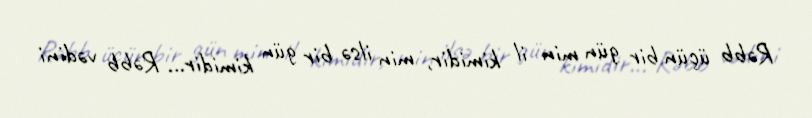
Rəbb üçün bir gün min il kimidir, min ilsə bir gün kimidir... Rəbb vədini